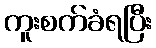
ကူးစက်ခံရပြီး